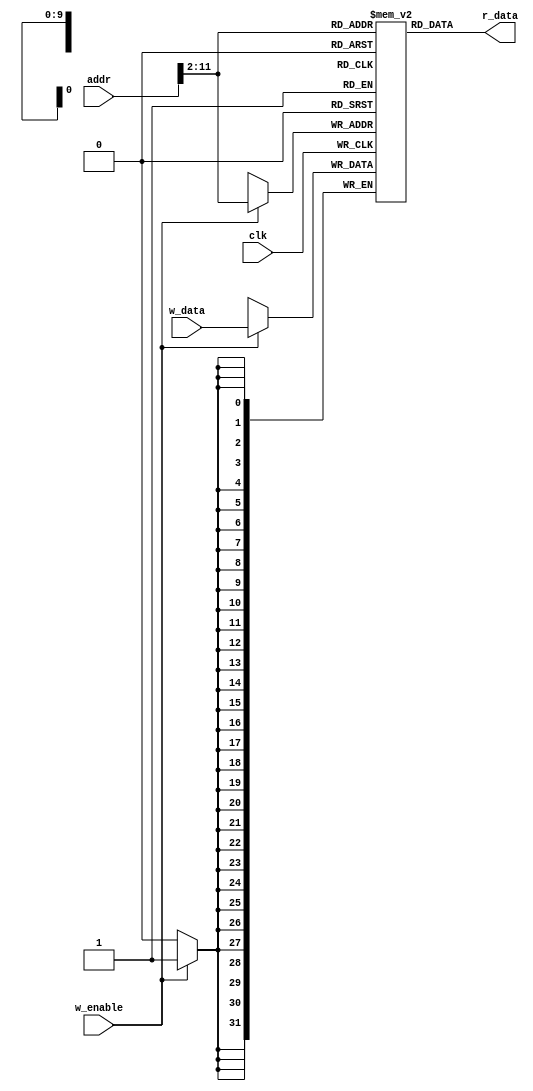
module ram(
	input [31:0] addr,
	input [31:0] w_data,
	input w_enable,
	input clk,
	output [31:0] r_data
);

reg [31:0] mem[1023:0];

assign r_data = mem[addr >> 2];

always @ (posedge clk)
	if (w_enable)
		mem[addr >> 2] = w_data;

endmodule